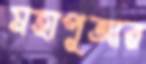
মহাপূজার